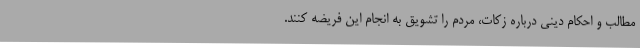
مطالب و احکام دینی درباره زکات، مردم را تشویق به انجام این فریضه کنند.